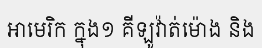
អាមេរិក ក្នុង១ គីឡូវ៉ាត់ម៉ោង និង